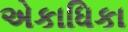
એકાધિકા